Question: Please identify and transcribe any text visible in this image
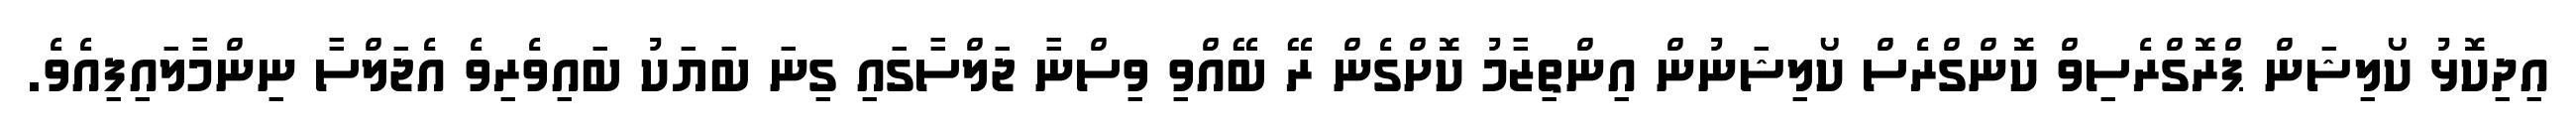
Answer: އިދިކޮޅު ކޯލިޝަން ޕްރޮގްރެސިވް ކޮންގްރެސް ކޯލިޝަނުން އިންތިޒާމު ކޮށްގެން ރޭ ބޭއްވި ވިސްނާ ޖަލްސާގައި ގިނަ ބަޔަކު ބައިވެރިވެ އެޖަލްސާ ނިންމާލައިފިއެވެ.